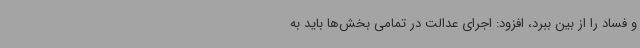
و فساد را از بین ببرد، افزود: اجرای عدالت در تمامی بخش‌ها باید به